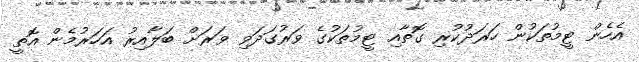
އެހެން ޓީމުތަކުން ހަރަދުކުރި ގޮތާއި ޓީމުތަކުގެ ވަރުގަދަވި ވަރަށް ބަލާއިރު އަހަރުމެން އޮތީ